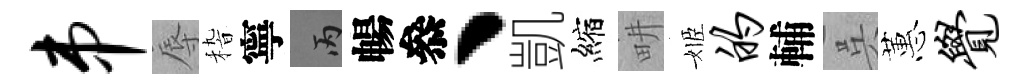
串辱𥟵寧丙暢叅丶凱縮畊姬的輔呉蕙觉